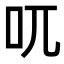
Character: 𠮾